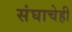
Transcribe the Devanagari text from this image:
संघाचेही